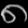
Digit: ၈